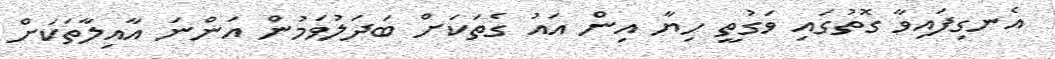
އެނގިފައިވާ ގޮތުގައި ވަގުތީ ހިޔާ އިން އައު ގެތަކަށް ބަދަލުވަމުން އަންނަ އާއިލާތަކަށް